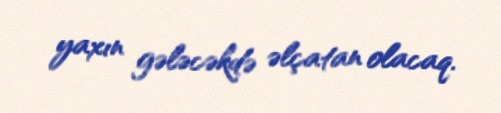
yaxın gələcəkdə əlçatan olacaq.